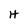
Character: H